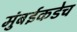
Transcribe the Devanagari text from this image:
मुंबईकडेच